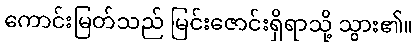
ကောင်းမြတ်သည် မြင်းဇောင်းရှိရာသို့ သွား၏။